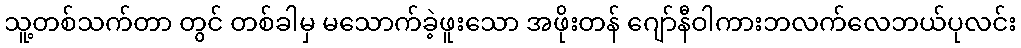
သူ့တစ်သက်တာ တွင် တစ်ခါမှ မသောက်ခဲ့ဖူးသော အဖိုးတန် ဂျော်နီဝါကားဘလက်လေဘယ်ပုလင်း